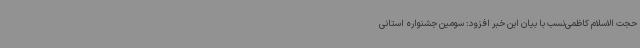
حجت الاسلام کاظمی‌نسب با بیان این خبر افزود: سومین جشنواره استانی